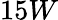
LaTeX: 15W